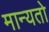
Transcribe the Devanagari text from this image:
मान्यतो